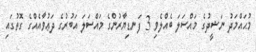
މުޙައްމަދު ނަޝީދުގެ މައްސަލަ ބެއްލެވި 3 ފަނޑިޔާރުންގެ މައްސަލަ އަބުރުގެ ދަޢުވާއެއްގެ ގޮތުގައި